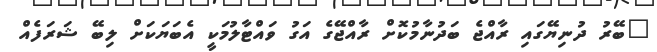
"ބޭރު ދުނިޔޭގައި ރާއްޖެ ބަދުނާމުކޮށް ރާއްޖޭގެ އަގު ވައްޓާލުމަކީ އެބަޔަކަށް ލިބޭ ޝަރަފެއް